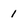
Character: 1